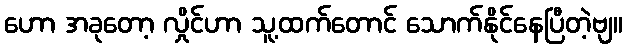
ဟော အခုတော့ လှိုင်ဟာ သူ့ထက်တောင် သောက်နိုင်နေပြီတဲ့ဗျ။